Insane asylums in Bengal annual reports 1876-1887 - 1876-1887
Year: 1876
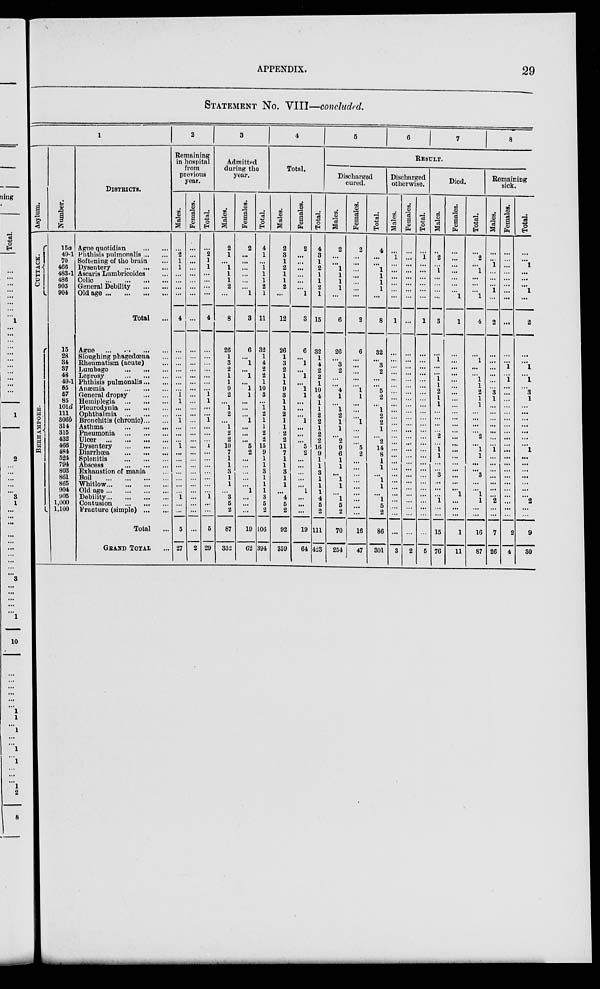
APPENDIX.
29
STATEMENT No. VIII—concluded.
1
Asylum.
CUTTACK.
BERHAMPORE.
Number.
15a
49-1
70
466
483-1
486
905
904
15
28
34
37
48
49-1
55
57
85
101d
111
306b
314
315
432
466
484
524
794
803
861
865
904
905
1,000
1,100
DISTRICTS.
Ague quotidian
...
...
Phthisis pulmonalis ... ...
Softening of the brain ...
Dysentery
...
...
...
Ascaris Lumbricoides ...
Colic
...
...
...
...
General Debility
...
...
Old age ...
...
...
...
Total ...
Ague ... ... ... ...
Sloughing phagedœna ...
Rheumatism (acute) ...
Lumbago
...
...
...
Leprosy
...
...
...
Phthisis pulmonalis ... ...
Anæmia
...
...
...
General dropsy
...
...
Hemiplegia
...
...
...
Pleurodynia
...
...
...
Ophthalmia
...
...
...
Bronchitis (chronic)... ...
Asthma ... ... ...
Pneumonia
...
...
...
Ulcer ... ... ... ...
Dysentery
...
...
...
Diarrhœa
...
...
...
Splenitis
...
...
...
Abscess
...
...
...
Exhaustion of mania ...
Boil
...
...
...
...
Whitlow ... ... ... ...
Old age ... ... ... ...
Debility ... ... ... ...
Contusion
...
...
...
Fracture (simple) ... ...
Total ...
GRAND TOTAL ...
2
Remaining
in hospital
from
previous
year.
Males.
...
2
1
1
...
...
...
...
4
...
...
...
...
...
...
...
1
1
...
...
1
...
...
...
1
...
...
...
...
...
...
...
1
...
...
5
27
Females.
...
...
...
...
...
...
...
...
...
...
...
...
...
...
...
...
...
...
...
...
...
...
...
...
...
...
...
...
...
...
...
...
...
...
...
...
2
Total.
...
2
1
1
...
...
...
...
4
...
...
...
...
...
...
...
1
1
...
...
1
...
...
...
1
...
...
...
...
...
...
...
1
...
...
5
29
3
Admitted
during the
year.
Males.
2
1
...
1
1
1
2
...
8
26
1
3
2
1
1
9
2
...
1
2
...
1
2
2
10
7
1
1
3
1
1
...
3
5
2
87
332
Females.
2
...
...
...
...
...
...
1
3
6
...
1
...
1
...
1
1
...
...
...
1
...
...
...
5
2
...
...
...
...
...
1
...
...
...
19
62
Total.
4
1
...
1
1
1
2
1
11
32
1
4
2
2
1
10
3
...
1
2
1
1
2
2
15
9
1
1
3
1
1
1
3
5
2
106
394
4
Total.
Males.
2
3
1
2
1
1
2
...
12
26
1
3
2
1
1
9
3
1
1
2
1
1
2
2
11
7
1
1
3
1
1
...
4
5
2
92
359
Females.
2
...
...
...
...
...
...
1
3
6
...
1
...
1
...
1
1
...
...
...
1
...
...
...
5
2
...
...
... ...
...
1
...
...
...
19
64
Total.
4
3
1
2
1
1
2
1
15
32
1
4
2
2
1
10
4
1
1
2
2
1
2
2
16
9
1
1
3
1
1
1
4
5
2
111
423
5
6
7
8
RESULT.
Discharged
cured.
Males.
2
...
...
1
1
1
1
...
6
26
...
3
2
...
...
4
1
...
1
2
1
1
...
2
9
6
1
1
... 1
1
...
1
5
2
70
254
Females.
2
...
...
...
...
...
...
...
2
6
...
...
...
...
...
1
1
...
...
...
1
...
...
...
5
2
...
...
...
...
...
...
...
...
...
16
47
Total.
4
...
...
1
1
1
1
...
8
32
...
3
2
...
...
5
2
...
1
2
2
1
...
2
14
8
1
1
... 1
1
...
1
5
2
86
301
Discharged
otherwise.
Males.
...
1
...
...
...
...
...
...
1
...
...
...
...
...
...
...
...
...
...
...
...
...
...
...
...
...
...
...
...
...
...
...
...
...
...
...
3
Females.
...
...
...
...
...
...
...
...
...
...
...
...
...
...
...
...
...
...
...
...
...
...
...
...
...
...
...
...
...
...
...
...
...
...
...
...
2
Total.
...
1
...
...
...
...
...
...
1
...
...
...
...
...
...
...
...
...
...
...
...
...
...
...
...
...
...
...
...
...
...
...
...
...
...
...
5
Died.
Males.
...
2
...
1
...
...
...
...
3
...
1
...
...
1
1
2
1
1
...
...
...
...
2 ...
1
1 ...
...
3
...
...
...
1 ...
...
15
76
Females.
...
...
...
...
...
...
...
1
1
...
...
...
...
...
...
...
...
...
...
...
...
...
...
...
...
...
...
...
...
...
...
1
...
...
...
1
11
Total.
...
2
...
1
...
...
...
1
4
...
1
...
...
1
1
2 1
1
...
...
...
...
2
...
1
1 ...
...
3 ...
...
1
1
...
...
16
87
Remaining
sick.
Males.
...
...
1 ...
...
...
1 ...
2
...
...
...
...
...
...
3
1
...
...
...
...
...
...
...
1
...
...
...
...
...
...
...
2
...
...
7
26
Females.
...
...
...
...
...
...
...
...
...
...
...
1 ...
1
...
...
...
...
...
...
...
...
...
...
...
...
...
...
...
...
...
...
...
...
...
2
4
Total.
...
...
1
...
...
...
1
...
2
...
...
1
...
1
...
3
1
...
...
...
...
...
...
...
1
1
...
...
...
...
...
...
2
...
...
9
30